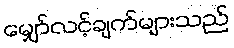
မျှော်လင့်ချက်များသည်